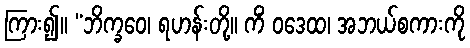
ကြား၍။ “ဘိက္ခဝေ၊ ရဟန်းတို့။ ကိံ ဝဒေထ၊ အဘယ်စကားကို